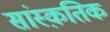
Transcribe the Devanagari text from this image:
सांस्‍क़तिक